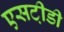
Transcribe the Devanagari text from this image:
एसटी़डी